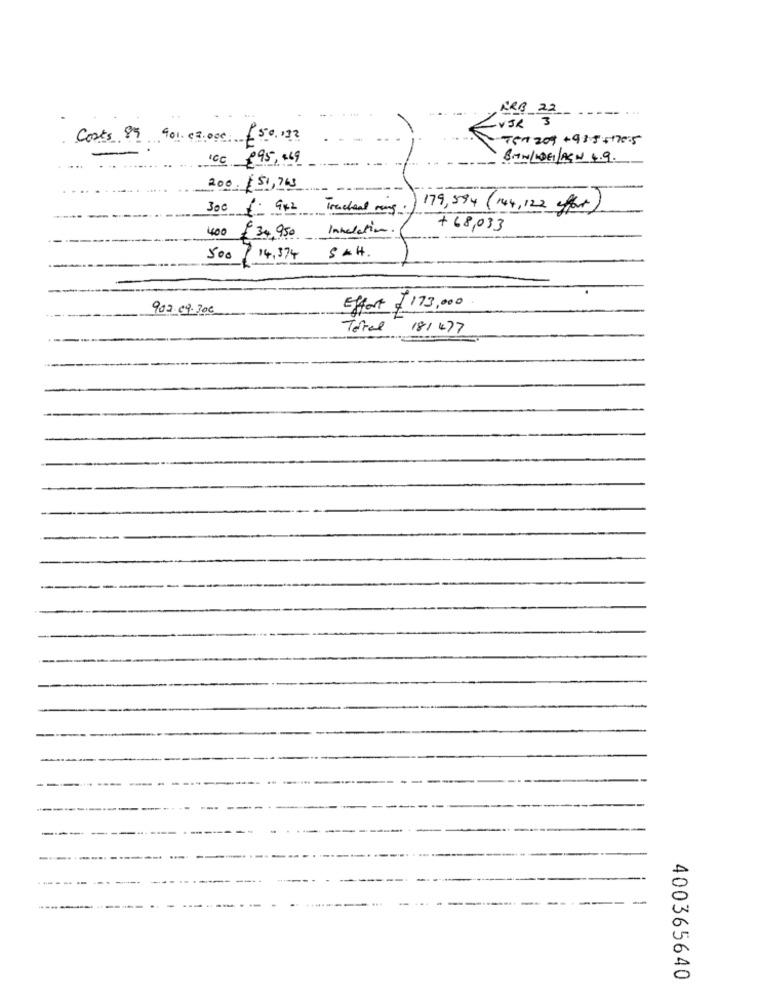
KRB 22
. ..
VIR 3
Costs 99 901 02.000 50 132
757 209+ 9:5:51705
ICC £95,469
BIN/LOG/ACN 4.9.
200. $51,763
179,594 (144, 122 efort).
400
£ 34,950
Inhalation .
+ 68,033
S & H .
500
14,374
902.09.300
Effort $173,000
Torral 181477
400365640